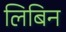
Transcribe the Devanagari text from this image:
लिबिन